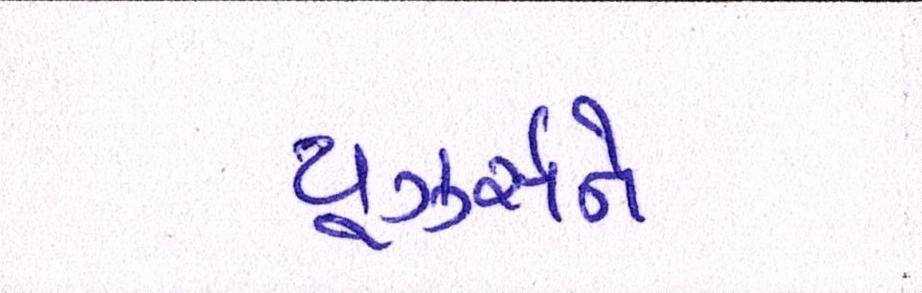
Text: યૂઝર્સને